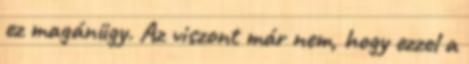
ez magánügy. Az viszont már nem, hogy ezzel a